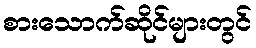
စားသောက်ဆိုင်များတွင်